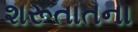
શરૂતાતના